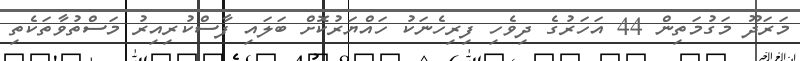
މަރަދޫ މަގުމަތިން 44 އަހަރުގެ ދިވެހި ފިރިހެނަކު ހައްޔަރުކޮށް ބަލައި ފާސްކުރިއިރު މަސްތުވާތަކެތި